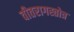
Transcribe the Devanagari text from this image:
वीतरागस्तोत्र